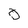
Character: 0